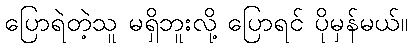
ပြောရဲတဲ့သူ မရှိဘူးလို့ ပြောရင် ပိုမှန်မယ်။